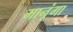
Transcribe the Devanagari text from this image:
मानूंगा